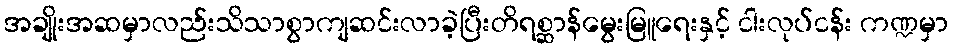
အချိုးအဆမှာလည်းသိသာစွာကျဆင်းလာခဲ့ပြီးတိရစ္ဆာန်မွေးမြူရေးနှင့် ငါးလုပ်ငန်း ကဏ္ဍမှာ